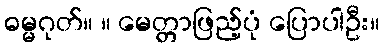
ဓမ္မဂုတ်။ ။ မေတ္တာဖြည့်ပုံ ပြောပါဦး။